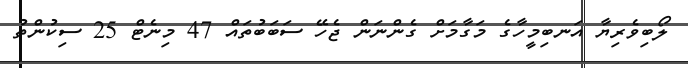
ލޯބިވެރިޔާ އަނބިމީހާގެ މަގާމަށް ގެންނަން ޖެހޭ ސަބަބުތައް 47 މިނެޓް 25 ސިކުންތު